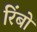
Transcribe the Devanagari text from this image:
रिंबों